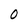
Character: 0